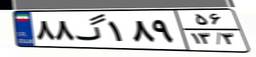
۹۰گ۴۷۶۸۶